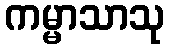
ကမ္မာသာသု